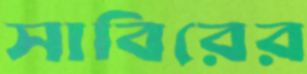
সাবিরের